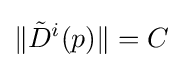
\|{\tilde {D}}^{i}(p)\|=C